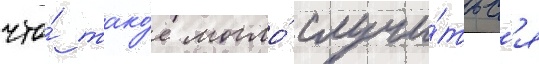
что́ тако́е могло́ случи́тьс'я